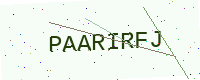
Text: PAARIRFJ